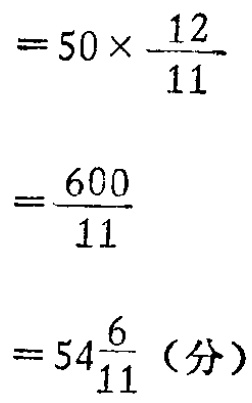
\[

\begin{align*}

&= 50\times\frac{12}{11}\\

&=\frac{600}{11}\\

&=54\frac{6}{11} \text{（分）}

\end{align*}

\]